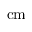
\mathrm { c m }